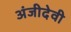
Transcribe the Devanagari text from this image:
अंजीदेवी